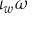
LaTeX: \iota _ { w } \omega